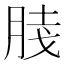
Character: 𰮦